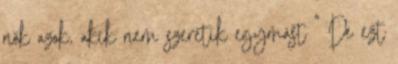
nők azok, akik nem szeretik egymást " De ezt